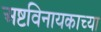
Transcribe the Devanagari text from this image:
अष्टविनायकाच्या